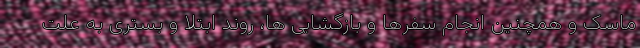
ماسک و همچنین انجام سفرها و بازگشایی ها، روند ابتلا و بستری به علت